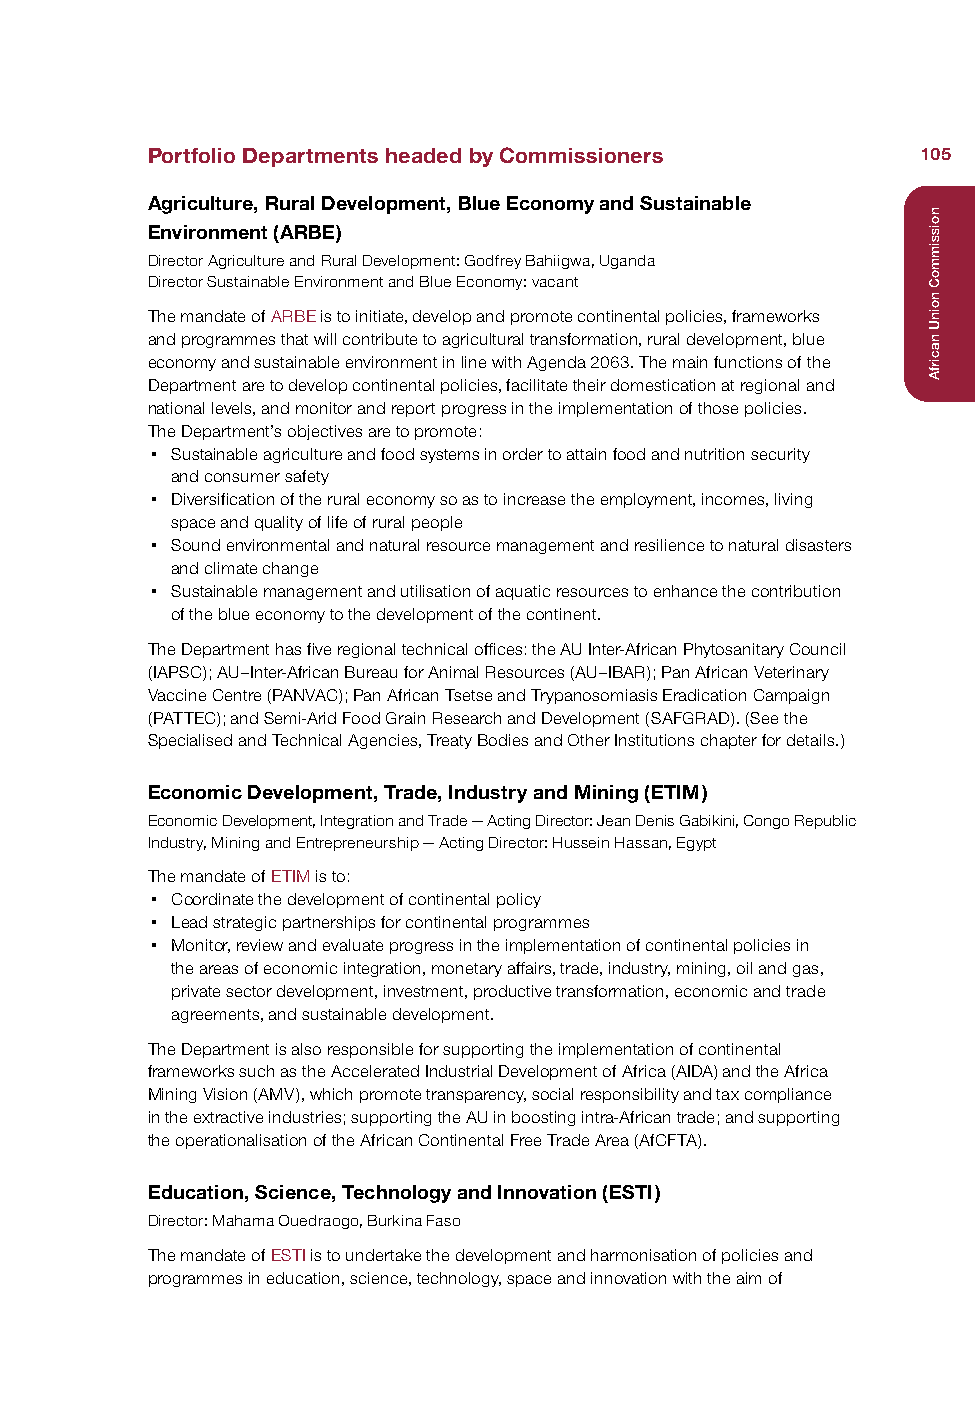
Portfolio Departments headed by Commissioners      105
 Agriculture, Rural Development, Blue Economy and Sustainable
 Environment (ARBE)
 Director Agriculture and Rural Development: Godfrey Bahiigwa, Uganda
 Director Sustainable Environment and Blue Economy: vacant
 The mandate of ARBE is to initiate, develop and promote continental policies, frameworks
 and programmes that will contribute to agricultural transformation, rural development, blue
 economy and sustainable environment in line with Agenda 2063. The main functions of the
 Department are to develop continental policies, facilitate their domestication at regional and
 national levels, and monitor and report progress in the implementation of those policies.
 The Department’s objectives are to promote:
 • Sustainable agriculture and food systems in order to attain food and nutrition security
 and consumer safety
 • Diversification of the rural economy so as to increase the employment, incomes, living
 space and quality of life of rural people
 • Sound environmental and natural resource management and resilience to natural disasters
 and climate change
 • Sustainable management and utilisation of aquatic resources to enhance the contribution
 of the blue economy to the development of the continent.
 The Department has five regional technical offices: the AU Inter-African Phytosanitary Council
 (IAPSC); AU–Inter-African Bureau for Animal Resources (AU–IBAR); Pan African Veterinary
 Vaccine Centre (PANVAC); Pan African Tsetse and Trypanosomiasis Eradication Campaign
 (PATTEC); and Semi-Arid Food Grain Research and Development (SAFGRAD). (See the
 Specialised and Technical Agencies, Treaty Bodies and Other Institutions chapter for details.)
 Economic Development, Trade, Industry and Mining (ETIM)
 Economic Development, Integration and Trade — Acting Director: Jean Denis Gabikini, Congo Republic
 Industry, Mining and Entrepreneurship — Acting Director: Hussein Hassan, Egypt
 The mandate of ETIM is to:
 • Coordinate the development of continental policy
 • Lead strategic partnerships for continental programmes
 • Monitor, review and evaluate progress in the implementation of continental policies in
 the areas of economic integration, monetary affairs, trade, industry, mining, oil and gas,
 private sector development, investment, productive transformation, economic and trade
 agreements, and sustainable development.
 The Department is also responsible for supporting the implementation of continental
 frameworks such as the Accelerated Industrial Development of Africa (AIDA) and the Africa
 Mining Vision (AMV), which promote transparency, social responsibility and tax compliance
 in the extractive industries; supporting the AU in boosting intra-African trade; and supporting
 the operationalisation of the African Continental Free Trade Area (AfCFTA).
 Education, Science, Technology and Innovation (ESTI)
 Director: Mahama Ouedraogo, Burkina Faso
 The mandate of ESTI is to undertake the development and harmonisation of policies and
 programmes in education, science, technology, space and innovation with the aim of
 noissimmoC
 noinU
 nacirfA